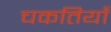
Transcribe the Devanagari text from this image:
चकतियाँ